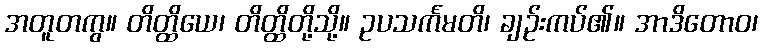
အတူတကွ။ တိတ္ထိယေ၊ တိတ္ထိတို့သို့။ ဥပသင်္ကမတိ၊ ချဉ်းကပ်၏။ အာဒိတောဝ၊